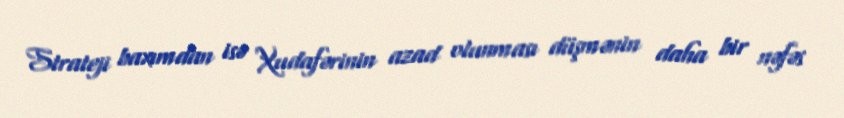
Strateji baxımdan isə Xudafərinin azad olunması düşmənin daha bir nəfəs